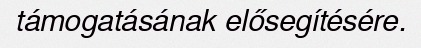
támogatásának elősegítésére.